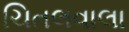
ચિતલવાલા